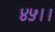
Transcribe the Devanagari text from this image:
४५।।